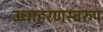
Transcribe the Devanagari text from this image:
उधाहरणस्वरुप